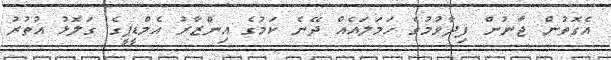
އެގޮތުން ޖާނުން ފިދާވުމުގެ ހަމަލައެއް ދޭނެ ކަމުގެ އިންޒާރު އެމްޑީޕީގެ ގަލޮޅު އުތުރު